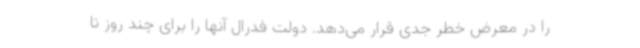
را در معرض خطر جدی قرار می‌دهد. دولت فدرال آنها را برای چند روز تا